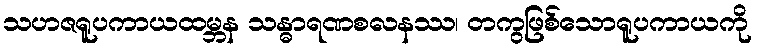
သဟဇရူပကာယထမ္ဘန သန္ဓာရဏစလနဿ၊ တကွဖြစ်သောရူပကာယကို